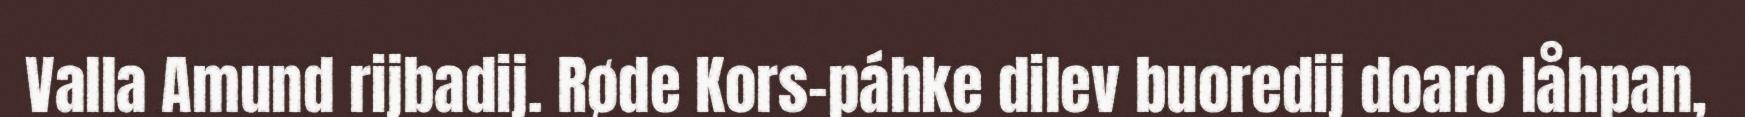
Valla Amund rijbadij. Røde Kors-páhke dilev buoredij doaro låhpan,